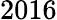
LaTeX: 2016